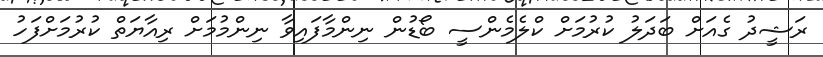
ރަޝީދު ގެއަށް ބަދަލު ކުރުމަށް ކްލެމެންސީ ބޯޑުން ނިންމާފައިވާ ނިންމުމަށް ރިއާޔަތް ކުރުމަށްފަހު